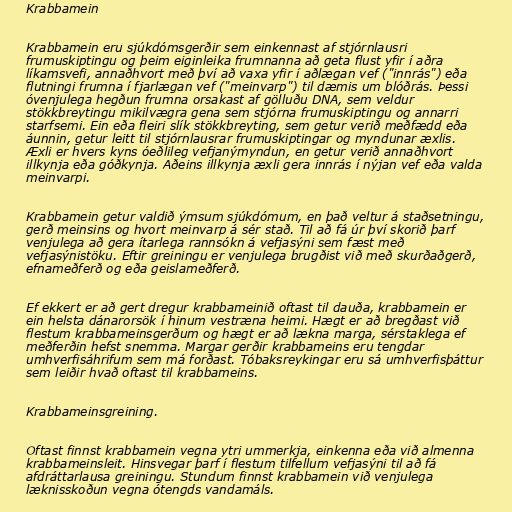
Krabbamein

Krabbamein eru sjúkdómsgerðir sem einkennast af stjórnlausri
frumuskiptingu og þeim eiginleika frumnanna að geta flust yfir í aðra
líkamsvefi, annaðhvort með því að vaxa yfir í aðlægan vef ("innrás") eða
flutningi frumna í fjarlægan vef ("meinvarp") til dæmis um blóðrás. Þessi
óvenjulega hegðun frumna orsakast af gölluðu DNA, sem veldur
stökkbreytingu mikilvægra gena sem stjórna frumuskiptingu og annarri
starfsemi. Ein eða fleiri slík stökkbreyting, sem getur verið meðfædd eða
áunnin, getur leitt til stjórnlausrar frumuskiptingar og myndunar æxlis.
Æxli er hvers kyns óeðlileg vefjanýmyndun, en getur verið annaðhvort
illkynja eða góðkynja. Aðeins illkynja æxli gera innrás í nýjan vef eða valda
meinvarpi.

Krabbamein getur valdið ýmsum sjúkdómum, en það veltur á staðsetningu,
gerð meinsins og hvort meinvarp á sér stað. Til að fá úr því skorið þarf
venjulega að gera ítarlega rannsókn á vefjasýni sem fæst með
vefjasýnistöku. Eftir greiningu er venjulega brugðist við með skurðaðgerð,
efnameðferð og eða geislameðferð.

Ef ekkert er að gert dregur krabbameinið oftast til dauða, krabbamein er
ein helsta dánarorsök í hinum vestræna heimi. Hægt er að bregðast við
flestum krabbameinsgerðum og hægt er að lækna marga, sérstaklega ef
meðferðin hefst snemma. Margar gerðir krabbameins eru tengdar
umhverfisáhrifum sem má forðast. Tóbaksreykingar eru sá umhverfisþáttur
sem leiðir hvað oftast til krabbameins.

Krabbameinsgreining.

Oftast finnst krabbamein vegna ytri ummerkja, einkenna eða við almenna
krabbameinsleit. Hinsvegar þarf í flestum tilfellum vefjasýni til að fá
afdráttarlausa greiningu. Stundum finnst krabbamein við venjulega
læknisskoðun vegna ótengds vandamáls.